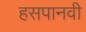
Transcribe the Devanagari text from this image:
हसपानवी